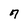
Character: 7